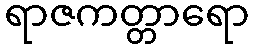
ရာဇကတ္တာရော